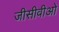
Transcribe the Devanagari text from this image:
जीसीवीओ